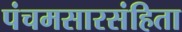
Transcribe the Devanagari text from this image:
पंचमसारसंहिता